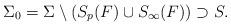
LaTeX: \begin{align*}\Sigma_0 = \Sigma \setminus (S_p(F) \cup S_{\infty}(F)) \supset S.\end{align*}